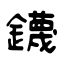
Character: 鑖